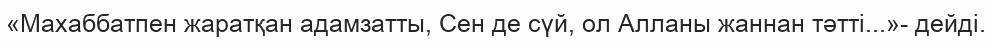
«Махаббатпен жаратқан адамзатты, Сен де сүй, ол Алланы жаннан тәтті...»- дейді.